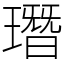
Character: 㻸